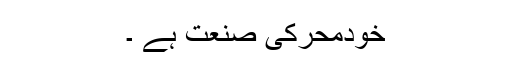
خودمحرکی صنعت ہے ۔